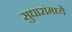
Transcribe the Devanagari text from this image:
सुधारांमध्ये